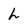
Character: L